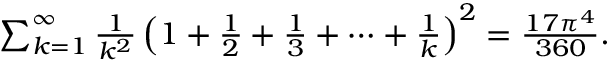
\begin{array} { r } { \sum _ { k = 1 } ^ { \infty } { \frac { 1 } { k ^ { 2 } } } \left( 1 + { \frac { 1 } { 2 } } + { \frac { 1 } { 3 } } + \cdots + { \frac { 1 } { k } } \right) ^ { 2 } = { \frac { 1 7 \pi ^ { 4 } } { 3 6 0 } } . } \end{array}